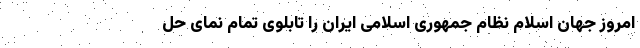
امروز جهان اسلام نظام جمهوری اسلامی ایران را تابلوی تمام نمای حل